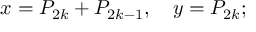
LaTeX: x = P _ { 2 k } + P _ { 2 k - 1 } , \quad y = P _ { 2 k } ;